Lunatic asylums in Bengal annual reports 1888-1898 - 1888-1898
Year: 1888
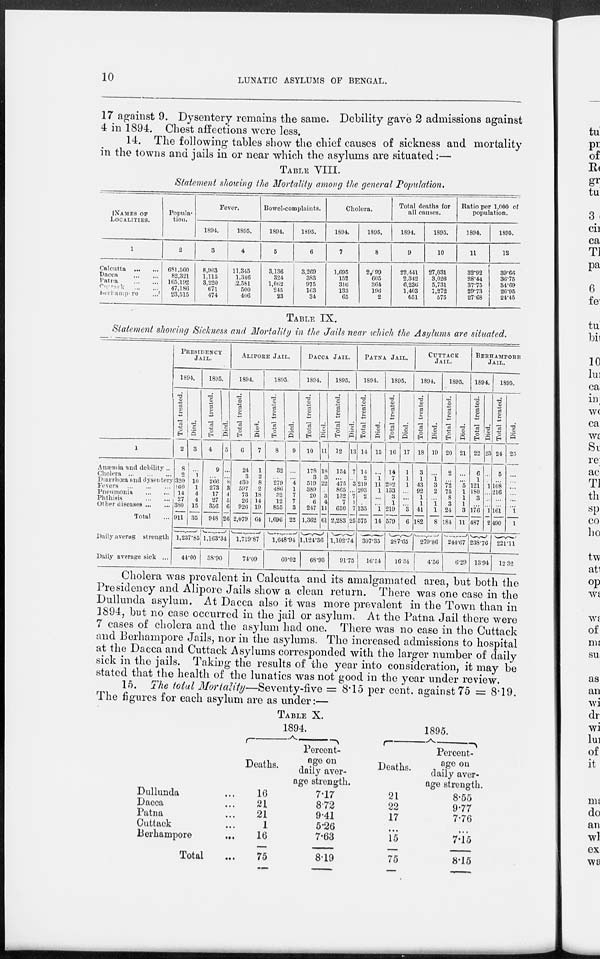
10
LUNATIC ASYLUMS OF BENGAL.
17 against 9. Dysentery remains the same. Debility gave 2 admissions against
4 in 1894. Chest affections were less.
14. The following tables show the chief causes of sickness and mortality
in the towns and jails in or near which the asylums are situated:—
TABLE VIII.
Statement showing the Mortality among the general Population.
NAMES OF
LOCALITIES.
1
Calcutta
...
...
Dacca
...
...
Patna
...
...
Cuttack
...
...
Berhampore
...
Popula-
tion.
2
681.560
82,321
165,192
47,186
23,515
Fever.
1894.
3
8,963
1,115
3,220
671
474
1895.
4
11,345
1,346
2,581
500
406
Bowel-complaints.
1894.
5
3,136
324
1,062
245
23
1895.
6
3,269
383
975
163
34
Cholera.
1894.
7
1,695
152
316
133
65
1895.
8
2,999
605
364
196
2
Total deaths for
all causes.
1894.
9
22,441
2,342
6,236
1,403
651
1895.
10
27,031
3,026
5,731
1,272
575
Ratio per 1,000 of
population.
1894.
11
32.92
28.44
37.75
29.73
27.68
1895.
12
39.66
36.75
34.69
26.95
24.45
TABLE IX.
Statement showing Sickness and Mortality in the Jails near which the Asylums are situated.
1
Anæmia and debility ..
Cholera
...
...
...
Diarrhœa and dysentery
Fevers
...
...
...
Pneumonia ... ...
Phthisis
...
...
Other diseases ... ...
Total ...
Daily averag
strength
Daily average sick ...
PRESIDENCY
JAIL.
1894.
Total treated.
2
8
2
320
160
14
27
380
911
Died.
3
...
1
10
1
4
4
15
35
1,237.85
44.00
1895.
Total treated.
4
9
...
266
273
17
27
356
948
Died.
5
...
...
8
3 4
5
6
26
1,163.34
38.90
ALIPORE JAIL.
1894.
Total treated.
6
24
3
430
597
73
26
926
2,079
Died.
7
1
2
8
2
18
14
19
64
1,719.87
74.09
1895.
Total treated.
8
32
...
279
486
32
12
855
1,696
Died.
9
...
...
4
1
7
7
3
22
1,648.94
60.02
DACAA JAIL.
1894.
Total treated.
10
178
3
519
389
20
6
247
1,362
Died.
11
18
3
22
...
3
4
11
61
1,124.36
68.93
1895.
Total treated.
12
154
...
475
865
132
7
650
2,283
Died.
13
7
...
3
...
7
1
7
25
1,102.74
91.75
PATNA JAIL.
1894.
Total treated.
14
14
2
219
203
2
...
135
575
Died.
15
...
1
11
1
...
...
1
14
307.35
16.54
1895.
Total treated.
16
14
7
202
133
3
1
219
579
Died.
17
1
1
1
...
...
...
3
6
287.65
16.34
CUTTACK
JAIL.
1894.
Total treated.
18
3
1
43
92
1
1
41
182
Died.
19
...
1
3
2
...
1
1
8
279.86
4.56
1895.
Total treated.
20
2
...
72
75
8
3
24
184
Died.
21
...
...
5
1
1
1
3
11
244.67
6.29
BERHAMPORE
JAIL.
1894.
Total treated.
22
6
1
121
180
3
...
176
487
Died.
23
...
...
1
...
...
...
1
2
238.76
13.94
1895.
Total treated.
24
5
...
108
216
...
...
161
490
Died.
25
...
...
...
...
...
...
1
1
221.11
12.32
Cholera was prevalent in Calcutta and its amalgamated area, but both the
Presidency and Alipore Jails show a clean return. There was one case in the
Dullunda asylum. At Dacca also it was more prevalent in the Town than in
1894, but no case occurred in the jail or asylum. At the Patna Jail there were
7 cases of cholera and the asylum had one. There was no case in the Cuttack
and Berhampore Jails, nor in the asylums. The increased admissions to hospital
at the Dacca and Cuttack Asylums corresponded with the larger number of daily
sick in the jails. Taking the results of the year into consideration, it may be
stated that the health of the lunatics was not good in the year under review.
15. The total Mortality—Seventy-five = 8.15 per cent. against 75 = 8.19.
The figures for each asylum are as under:—
TABLE X.
Dullunda ...
Dacca ...
Patna ...
Cuttack ...
Berhampore
...
Total ...
1894.
Deaths.
16
21
21
1
16
75
Percent-
age on
daily aver-
age strength.
7.17
8.72
9.41
5.26
7.63
8.19
1895.
Deaths.
21
22
17
...
15
75
Percent-
age on
daily aver-
age strength.
8.55
9.77
7.76
...
7.15
8.15